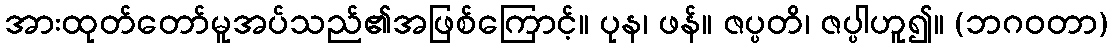
အားထုတ်တော်မူအပ်သည်၏အဖြစ်ကြောင့်။ ပုန၊ ဖန်။ ဇပ္ပတိ၊ ဇပ္ပါဟူ၍။ (ဘဂဝတာ)